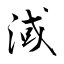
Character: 淢